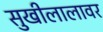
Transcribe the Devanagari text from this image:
सुखीलालावर